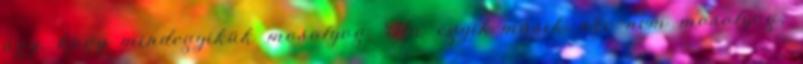
úgy, hogy mindegyikük mosolyog. Ha egyik-másik arc nem mosolyog,